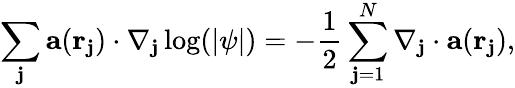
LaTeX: \sum_{\mathbf{j}}\mathbf{{a}}(\mathbf{{r}}_{\mathbf{j}})\cdot\nabla_{\mathbf{j}}\log(|\psi|)=-\frac{{1}}{{2}}\sum_{\mathbf{j}=1}^{N}\nabla_{\mathbf{j}}\cdot\mathbf{{a}}(\mathbf{{r}}_{\mathbf{j}}),